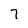
Character: 7